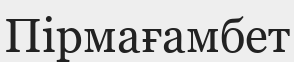
Пірмағамбет